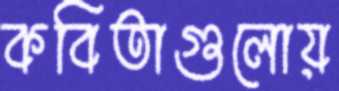
কবিতাগুলোয়